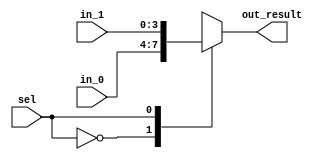
/*
Design: Mux
File Name: Mux.v
Function: 2:1 Mux
Author: Spencer Halsey
*/

module FourBitMux(

	input [3:0] in_0 , // Mux first input
	input [3:0] in_1 , // Mux second input
	input sel, // Select Bit
	output reg [3:0] out_result
);


//Code

always @ (sel or in_0 or in_1)
begin: MUX

case(sel) 
     1'b0 : out_result = in_0;
     1'b1 : out_result = in_1;
  endcase
 end
 
 endmodule